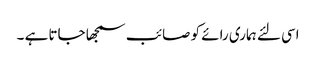
اسی لئے ہماری رائے کو صائب سمجھا جاتا ہے ۔